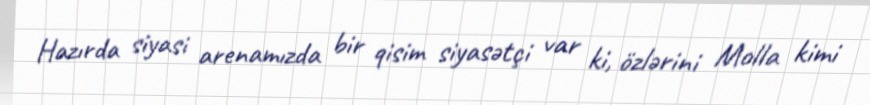
Hazırda siyasi arenamızda bir qisim siyasətçi var ki, özlərini Molla kimi